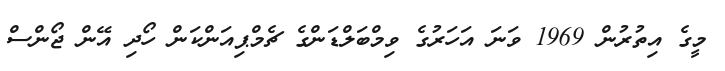
މީގެ އިތުރުން 1969 ވަނަ އަހަރުގެ ވިމްބަލްޑަންގެ ޗެމްޕިއަންކަން ހޯދި އޭން ޖޯންސް